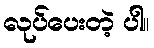
လုပ်ပေးတဲ့ ပါ။